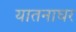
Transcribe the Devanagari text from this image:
यातनाघर